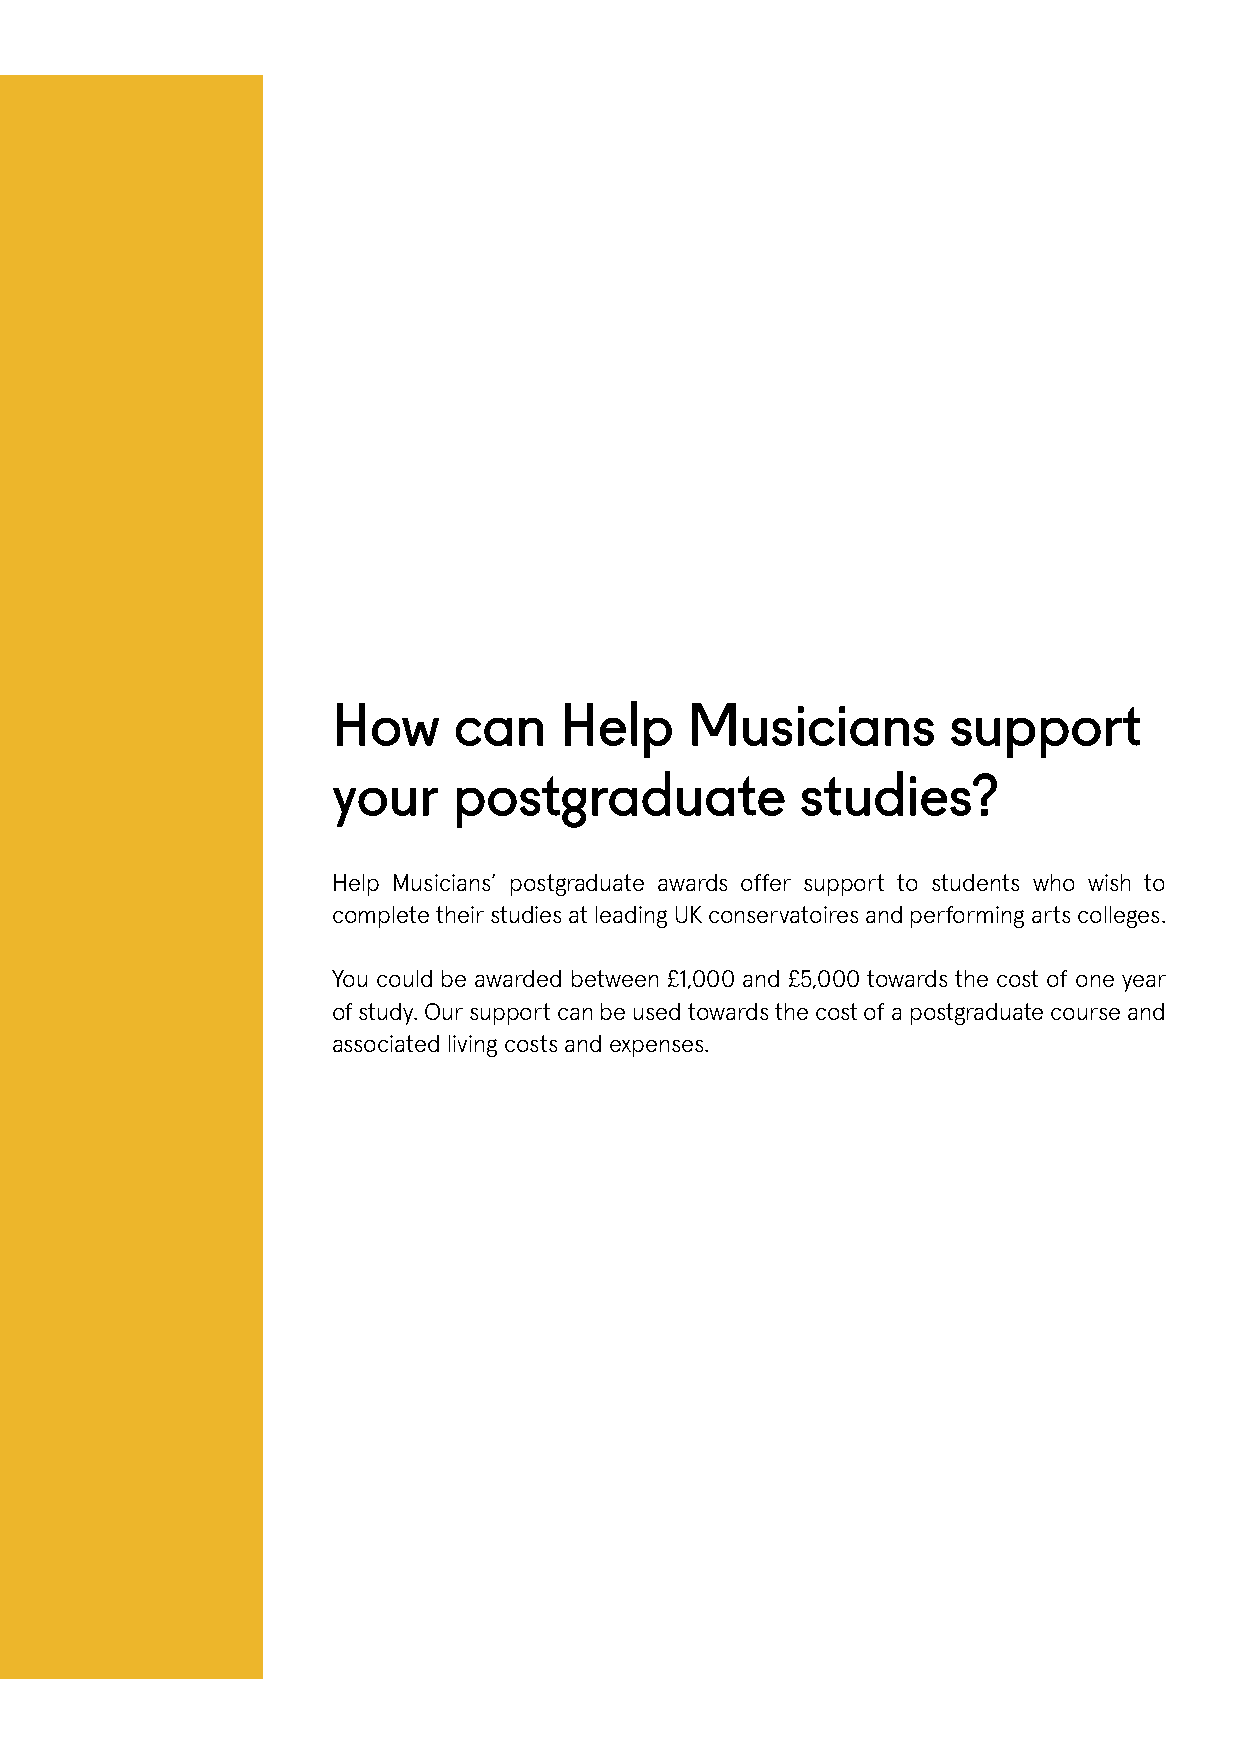
How     can    Help    Musicians         support
 your    postgraduate           studies?
 Help Musicians’ postgraduate awards offer support to students who wish to
 complete their studies at leading UK conservatoires and performing arts colleges.
 You could be awarded between £1,000 and £5,000 towards the cost of one year
 of study. Our support can be used towards the cost of a postgraduate course and
 associated living costs and expenses.